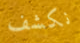
نكشف